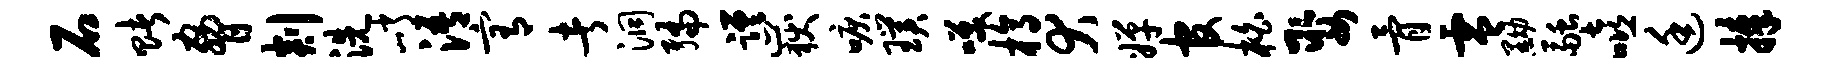
石赌胁剡洗峭浯宥者洞编蹉岳唳璞笑槁犬婵官柏娶骨零黝融嘻廷捧